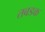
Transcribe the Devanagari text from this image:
तबडक